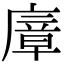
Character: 㢓